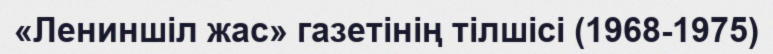
«Лениншіл жас» газетінің тілшісі (1968-1975)